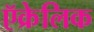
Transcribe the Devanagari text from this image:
ऍक्रेलिक